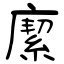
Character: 緳